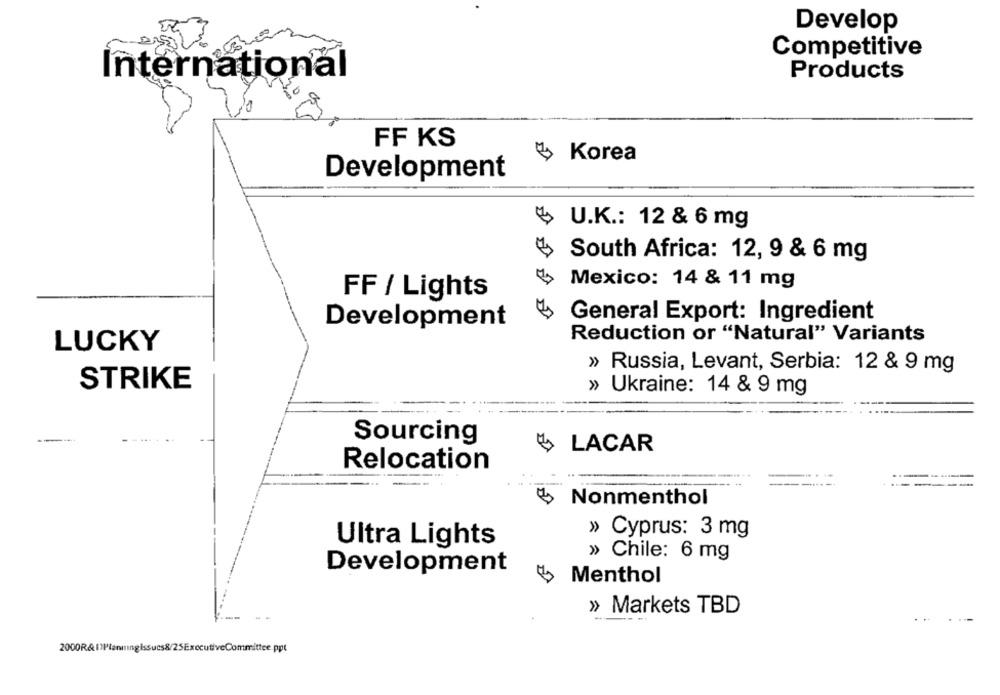
Develop
Competitive
International
Products
FF KS
Korea
Development
U.K .: 12 & 6 mg
South Africa: 12, 9 & 6 mg
Mexico: 14 & 11 mg
FF / Lights
General Export: Ingredient
Development
Reduction or "Natural" Variants
LUCKY
» Russia, Levant, Serbia: 12 & 9 mg
STRIKE
» Ukraine: 14 & 9 mg
--
Sourcing
LACAR
Relocation
Nonmenthol
» Cyprus: 3 mg
Ultra Lights
» Chile: 6 mg
Development
Menthol
» Markets TBD
-
..
2000R&11PlanningIssucs8/25ExecutiveCommittee.ppt